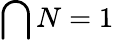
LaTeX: \bigcap{N}=1